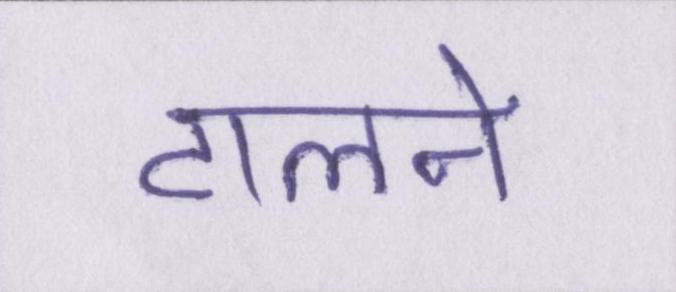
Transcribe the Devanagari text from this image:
टालने